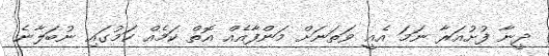
ދީނާ ފުށުއަރާ ނަމަ އެއީ ވަތަނަށް މަންފާއެއް އޮތް ކަމެއް ކަމުގައި ނުބަލާނެ